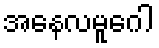
အနေလမူဂေါ